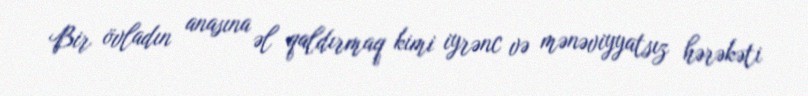
Bir övladın anasına əl qaldırmaq kimi iyrənc və mənəviyyatsız hərəkəti